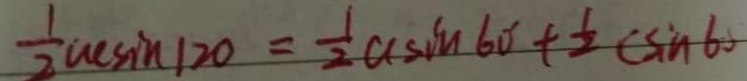
\frac { 1 } { 2 } a c \sin 1 2 0 ^ { \circ } = \frac { 1 } { 2 } a c \sin 6 0 ^ { \circ } + \frac { 1 } { 2 } ( \sin 6 0